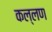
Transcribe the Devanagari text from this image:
कल्लण